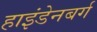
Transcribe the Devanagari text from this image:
हाइंडेनबर्ग